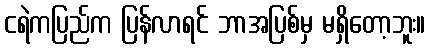
ငရဲကပြည်က ပြန်လာရင် ဘာအပြစ်မှ မရှိတော့ဘူး။